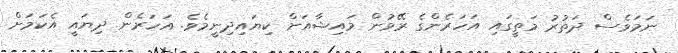
ނަމަވެސް ދަތުރު މަތީގައި އަހަރެންގެ ރޭވުން މައިޝާއަށް ކިޔައިދިނީމެވެ. އަހަރެން ދިޔައީ އެކަމަށް